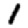
Digit: 1